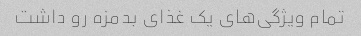
تمام ویژگی‌های یک غذای بدمزه رو داشت